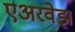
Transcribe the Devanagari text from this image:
एअरवेझ